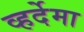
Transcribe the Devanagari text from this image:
व्हर्देमा